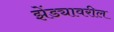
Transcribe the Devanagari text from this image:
झेंड्यावरील